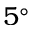
5 ^ { \circ }